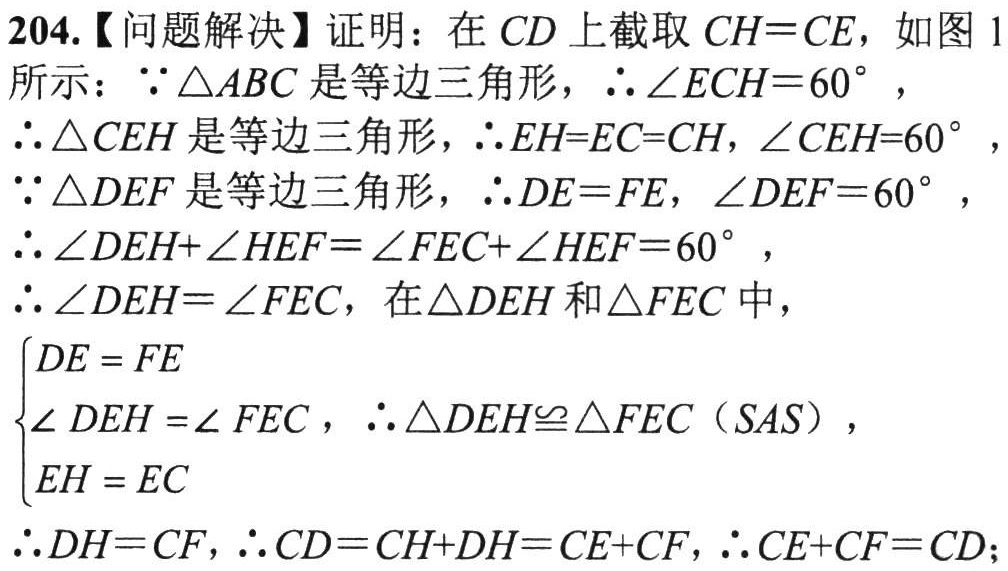
204.【问题解决】证明：在 \(CD\) 上截取 \(CH = CE\)，如图 1所示：

\(\because\triangle ABC\) 是等边三角形，\(\therefore\angle ECH = 60^{\circ}\)，

\(\therefore\triangle CEH\) 是等边三角形，\(\therefore EH = EC = CH\)，\(\angle CEH = 60^{\circ}\)，

\(\because\triangle DEF\) 是等边三角形，\(\therefore DE = FE\)，\(\angle DEF = 60^{\circ}\)，

\(\therefore\angle DEH+\angle HEF=\angle FEC+\angle HEF = 60^{\circ}\)，

\(\therefore\angle DEH=\angle FEC\)，在 \(\triangle DEH\) 和 \(\triangle FEC\) 中，

\(\begin{cases}

DE = FE\\

\angle DEH=\angle FEC\\

EH = EC

\end{cases}\)，\(\therefore\triangle DEH\cong\triangle FEC\)（\(SAS\)），

\(\therefore DH = CF\)，\(\therefore CD = CH + DH=CE + CF\)，\(\therefore CE + CF = CD\)；